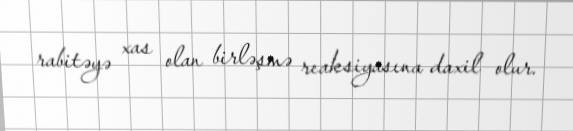
rabitəyə xas olan birləşmə reaksiyasına daxil olur.